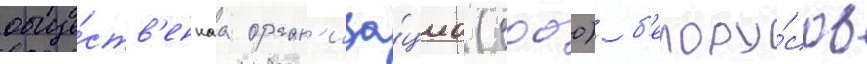
обще́ств'еннаа орган'иза́циа (сооо) б'елору́сов